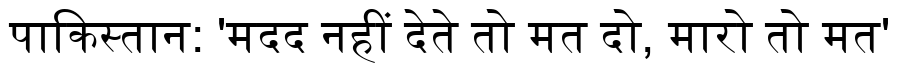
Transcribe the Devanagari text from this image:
पाकिस्तान: 'मदद नहीं देते तो मत दो, मारो तो मत'